Leaving Certificate Examination (including Day School Certificate (Higher) General paper), 1928
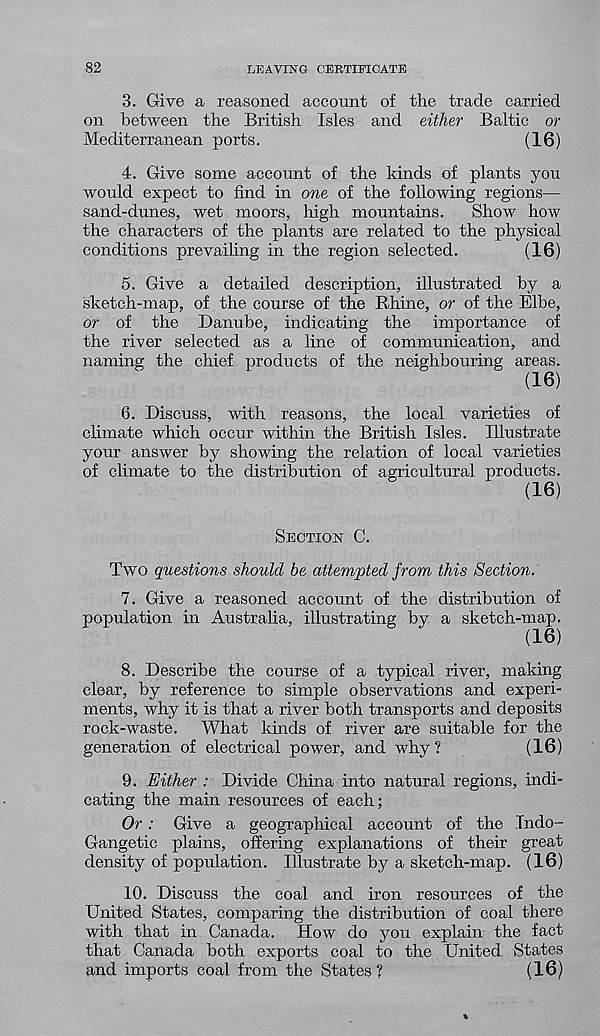
82
LEAVING CERTIFICATE
3. Give a reasoned account of the trade carried
on between the British Isles and either Baltic or
Mediterranean ports.
(16)
4. Give some account of the kinds of plants you
would expect to find in one of the following regions—
sand-dunes, wet moors, high mountains.
Show how
the characters of the plants are related to the physical
conditions prevailing in the region selected.
(16)
5. Give a detailed description, illustrated by a
sketch-map, of the course of the Rhine, or of the Elbe,
or of the Danube, indicating the importance of
the river selected as a line of communication, and
naming the chief products of the neighbouring areas.
(16)
6. Discuss, with reasons, the local varieties of
climate which occur within the British Isles. Illustrate
your answer by showing the relation of local varieties
of climate to the distribution of agricultural products.
(16)
Section C.
Two questions should be attempted from this Section.
7. Give a reasoned account of the distribution of
population in Australia, illustrating by a sketch-map.
(16)
8. Describe the course of a typical river, making
clear, by reference to simple observations and experi-
ments, why it is that a river both transports and deposits
rock-waste. What kinds of river are suitable for the
generation of electrical power, and why?
(16)
9. Either : Divide China into natural regions, indi-
cating the main resources of each;
Or: Give a geographical account of the Tndo-
Gangetic plains, offering explanations of their great
density of population. Illustrate by a sketch-map. (16)
10. Discuss the coal and iron resources of the
United States, comparing the distribution of coal there
with that in Canada. How do you explain the fact
that Canada both exports coal to the United States
and imports coal from the States ?
(16)